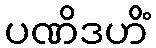
ပဏိဒဟိံ